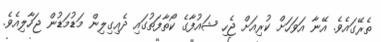
ތެރޭގައެވެ. އޭނާ އަވަހަށް ކުރިއަށް ޖެހި ޝައުފާގެ ކޯތާފަތުގައި ދެއިގިލިން މަޑުމަޑުން ޖަހާލިއެވެ.